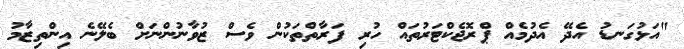
"އަޅުގަނޑު އެދޭ އެދުމެއް ޕްރޮޖެކްޓަރުތައް ހުރި ފަރާތްތަކުން ވެސް ޒުވާނުންނަށް ބެލޭނެ އިންތިޒާމު